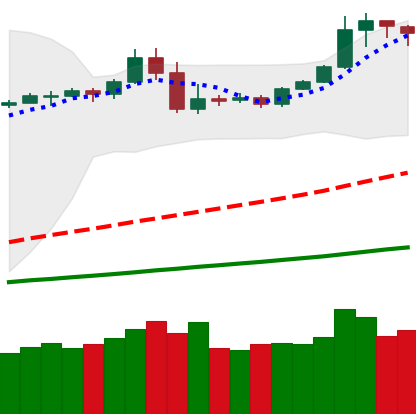
Ticker: BTC-USD
Chart end date: 2019-05-06
Forward return: 25.37%
Label: up_7plus